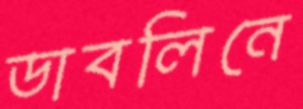
ডাবলিনে